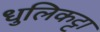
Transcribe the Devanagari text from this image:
धुलिकट्टा